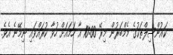
ކައުންސިލްތަކުގެ މެމްބަރުން މިރޭ 10:00 އާ ހަމައަށް ހުވާ ކުރައްވައި ނިމޭނެ އެވެ.